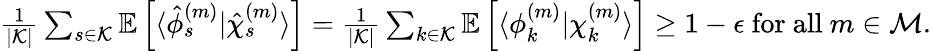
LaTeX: \begin{array}{r}{\frac{1}{|\mathcal{K}|}\sum_{s\in\mathcal{K}}\mathbb{E}\left[\langle{\hat{\phi}_{s}^{(m)}}|{\hat{\chi}_{s}^{(m)}}\rangle\right]=\frac{1}{|\mathcal{K}|}\sum_{k\in\mathcal{K}}\mathbb{E}\left[\langle{{\phi}_{k}^{(m)}}|{{\chi}_{k}^{(m)}}\rangle\right]\geq 1-\epsilon\mathrm{~for~all~}m\in\mathcal{M}.}\end{array}